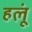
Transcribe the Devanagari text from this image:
हलूं